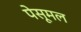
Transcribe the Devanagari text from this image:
पेसूमल